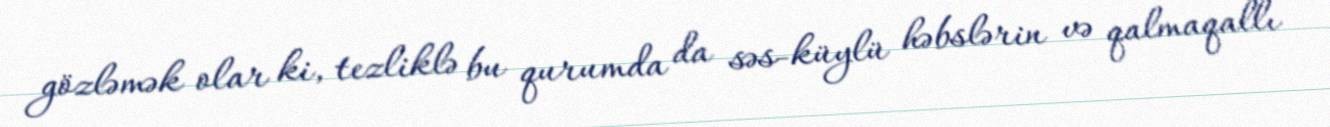
gözləmək olar ki, tezliklə bu qurumda da səs-küylü həbslərin və qalmaqallı